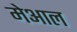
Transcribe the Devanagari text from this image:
मेआल